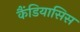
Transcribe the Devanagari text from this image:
कैंडियासिस